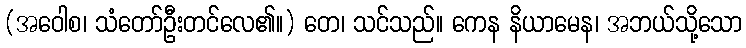
(အဝေါစ၊ သံတော်ဦးတင်လေ၏။) တေ၊ သင်သည်။ ကေန နိယာမေန၊ အဘယ်သို့သော